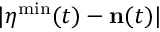
| { \boldsymbol \eta } ^ { \mathrm { m i n } } ( t ) - { \bf n } ( t ) |